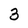
Character: 3